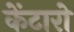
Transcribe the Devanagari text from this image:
केंटारो